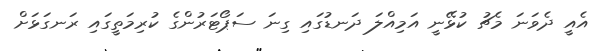
އެއީ ދެވަނަ މެޗު ކުޅޭނީ އަމިއްލަ ދަނޑުގައި ގިނަ ސަޕޯޓަރުންގެ ކުރިމަތީގައި ރަނގަޅަށް